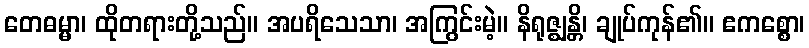
တေဓမ္မာ၊ ထိုတရားတို့သည်။ အပရိသေသာ၊ အကြွင်းမဲ့။ နိရုဇ္ဈန္တိ၊ ချုပ်ကုန်၏။ ဧကစ္စော၊